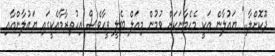
ދޫކޮށްލާ.." ޔައުލާން އަކީ މެހެމާނަކަށް ވުމުން މިއަލް ބެލީ ވީހާވެސް އިހުތިރާމާއެކީގައި ޔައުލާންއާއި